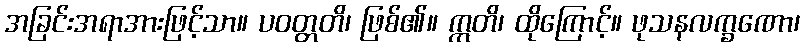
အခြင်းအရာအားဖြင့်သာ။ ပဝတ္တတိ၊ ဖြစ်၏။ ဣတိ၊ ထိုကြောင့်။ ဖုသနလက္ခဏော၊